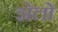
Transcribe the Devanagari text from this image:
झेलो